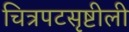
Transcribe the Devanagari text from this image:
चित्रपटसृष्टीली